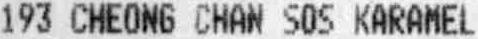
193 CHEONG CHAN SOS KARAMEL